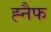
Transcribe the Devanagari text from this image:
ह्नैफ